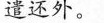
遣还外。